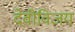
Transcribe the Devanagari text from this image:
देवीविजय